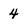
Character: 4